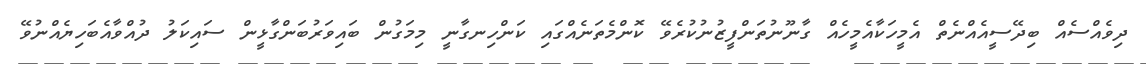
ދިވެއްސެއް ބިދޭސީއެއްނެތް އެމީހަކާއެމީހެއް ގާނޫނުތަންފީޒުނުކުރެވޭ ކޮންމެތަނެއްގައި ކަންހިނގާނީ މިމަގުން ބައިވަރުބަންގާޅީން ސައިކަލު ދުއްވާއެބަހިޔެއްނުވޭ